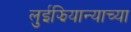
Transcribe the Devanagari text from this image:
लुईझियान्याच्या